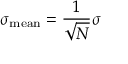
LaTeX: \sigma _ { \mathrm { m e a n } } = { \frac { 1 } { \sqrt { N } } } \sigma